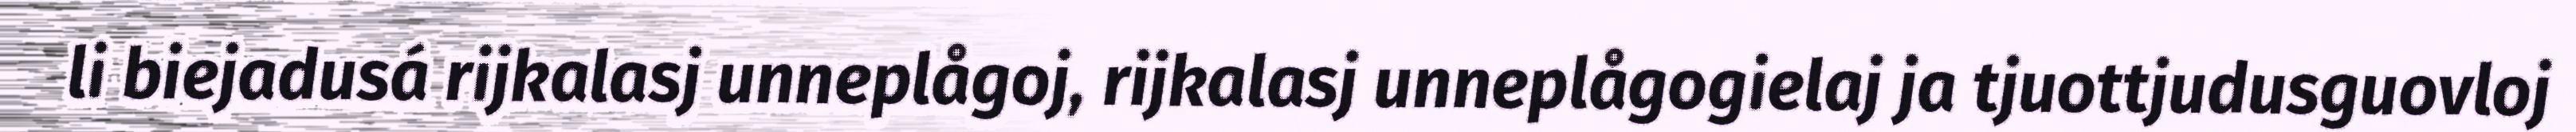
li biejadusá rijkalasj unneplågoj, rijkalasj unneplågogielaj ja tjuottjudusguovloj